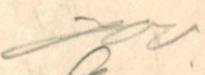
J W.